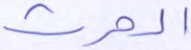
الحرث